画像に写った文字を読んでください
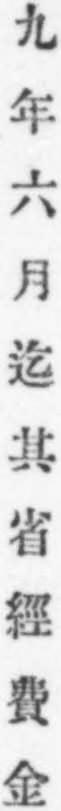
「九年六月迄其省經費金」と書いてあります